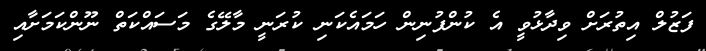
ފަޒުލް އިތުރަށް ވިދާޅުވީ އެ ކުންފުނިން ހަމައެކަނި ކުރަނީ މާލޭގެ މަސައްކަތް ނޫންކަމަށާއި